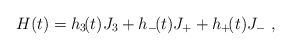
\begin{align*}H(t)=h_3\!(t)J_3+h_-\!(t)J_++h_+\!(t)J_-\ ,\end{align*}